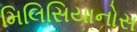
મિલિસિયાનોસ